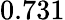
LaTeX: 0.731